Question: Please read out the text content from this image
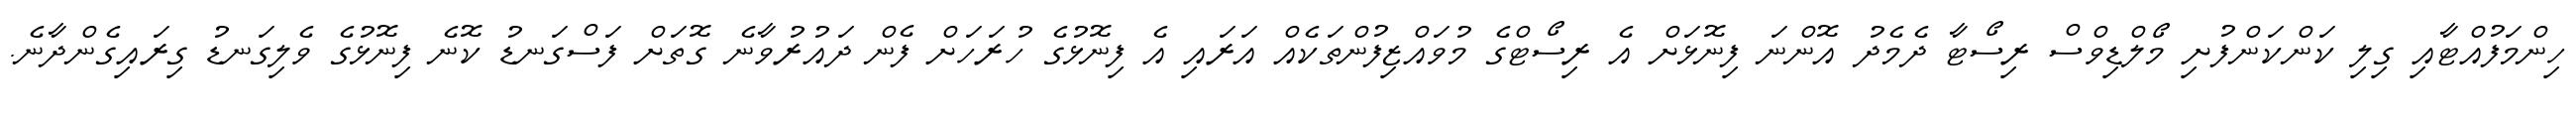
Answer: ހިންމަފުއްޓާއި ގިލި ކަންކަންފުށި މޯލްޑިވްސް ރިސޯޓާ ދެމެދު އޮންނަ ފިނޮޅަށް އެ ރިސޯޓްގެ މުވައްޒިފުންތަކެއް އަރައި އެ ފިނޮޅުގެ ހުރަހަށް ފެން ދައުރުވާނެ ގޮތަށް ފަސްގަނޑު ކޮނެ ފިނޮޅުގެ ވެލިގަނޑު ގިރައިގެންދާނެ.